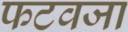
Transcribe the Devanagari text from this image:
फटवजा